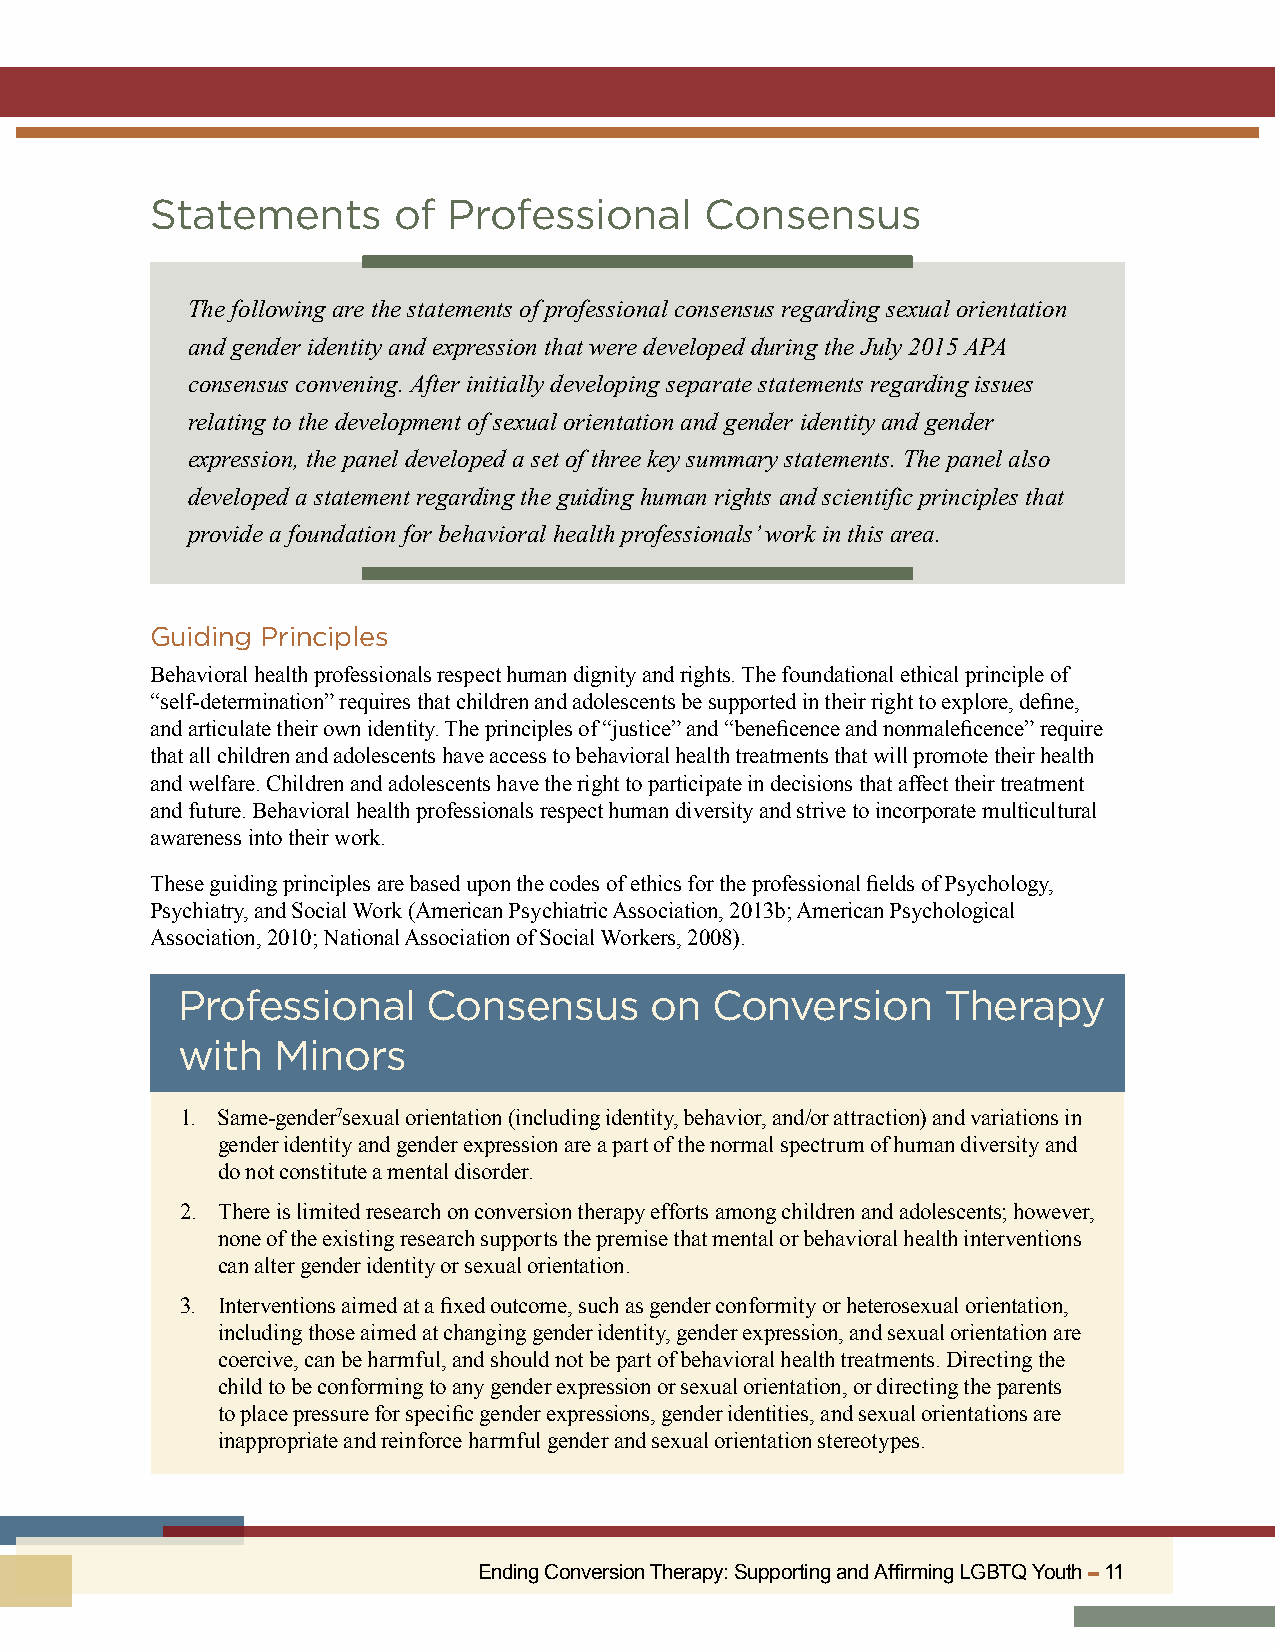
Statements      of  Professional     Consensus
 The following are the statements of professional consensus regarding sexual orientation
 and gender identity and expression that were developed during the July 2015 APA
 consensus convening. After initially developing separate statements regarding issues
 relating to the development of sexual orientation and gender identity and gender
 expression, the panel developed a set of three key summary statements. The panel also
 developed a statement regarding the guiding human rights and scientific principles that
 provide a foundation for behavioral health professionals’ work in this area.
 Guiding Principles
 Behavioral health professionals respect human dignity and rights. The foundational ethical principle of
 “self-determination” requires that children and adolescents be supported in their right to explore, define,
 and articulate their own identity. The principles of “justice” and “beneficence and nonmaleficence” require
 that all children and adolescents have access to behavioral health treatments that will promote their health
 and welfare. Children and adolescents have the right to participate in decisions that affect their treatment
 and future. Behavioral health professionals respect human diversity and strive to incorporate multicultural
 awareness into their work.
 These guiding principles are based upon the codes of ethics for the professional fields of Psychology,
 Psychiatry, and Social Work (American Psychiatric Association, 2013b; American Psychological
 Association, 2010; National Association of Social Workers, 2008).
 Professional    Consensus      on  Conversion      Therapy
 with  Minors
 1. Same-gender7sexual orientation (including identity, behavior, and/or attraction) and variations in
 gender identity and gender expression are a part of the normal spectrum of human diversity and
 do not constitute a mental disorder.
 2. There is limited research on conversion therapy efforts among children and adolescents; however,
 none of the existing research supports the premise that mental or behavioral health interventions
 can alter gender identity or sexual orientation.
 3. Interventions aimed at a fixed outcome, such as gender conformity or heterosexual orientation,
 including those aimed at changing gender identity, gender expression, and sexual orientation are
 coercive, can be harmful, and should not be part of behavioral health treatments. Directing the
 child to be conforming to any gender expression or sexual orientation, or directing the parents
 to place pressure for specific gender expressions, gender identities, and sexual orientations are
 inappropriate and reinforce harmful gender and sexual orientation stereotypes.
 Ending Conversion Therapy: Supporting and Affirming LGBTQ Youth ▬ 11